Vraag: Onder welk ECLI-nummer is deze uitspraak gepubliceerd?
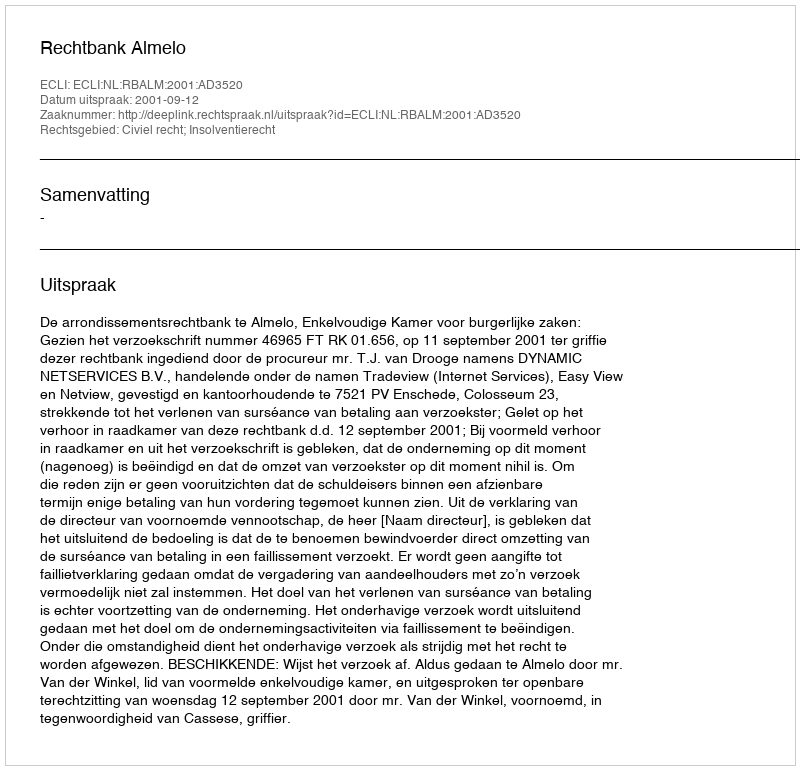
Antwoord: ECLI:NL:RBALM:2001:AD3520